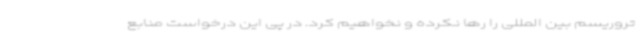
تروریسم بین المللی را رها نکرده و نخواهیم کرد. در پی این درخواست منابع